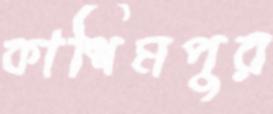
কাশিমপুর